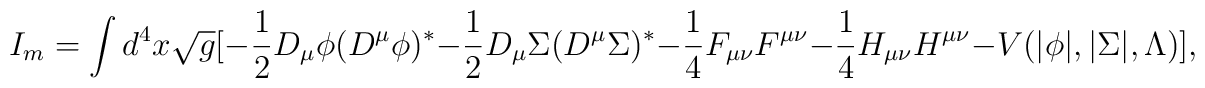
I_m = \int d^4x \sqrt{{g}}[-\frac{1}{2}D_{\mu}\phi(D^{\mu}\phi)^* - \frac{1}{2}D_{\mu} \Sigma (D^{\mu}\Sigma)^* - \frac{1}{4}F_{\mu \nu}F^{\mu \nu} - \frac{1}{4}H_{\mu\nu}H^{\mu \nu} - V(|\phi|, |\Sigma |, \Lambda)],